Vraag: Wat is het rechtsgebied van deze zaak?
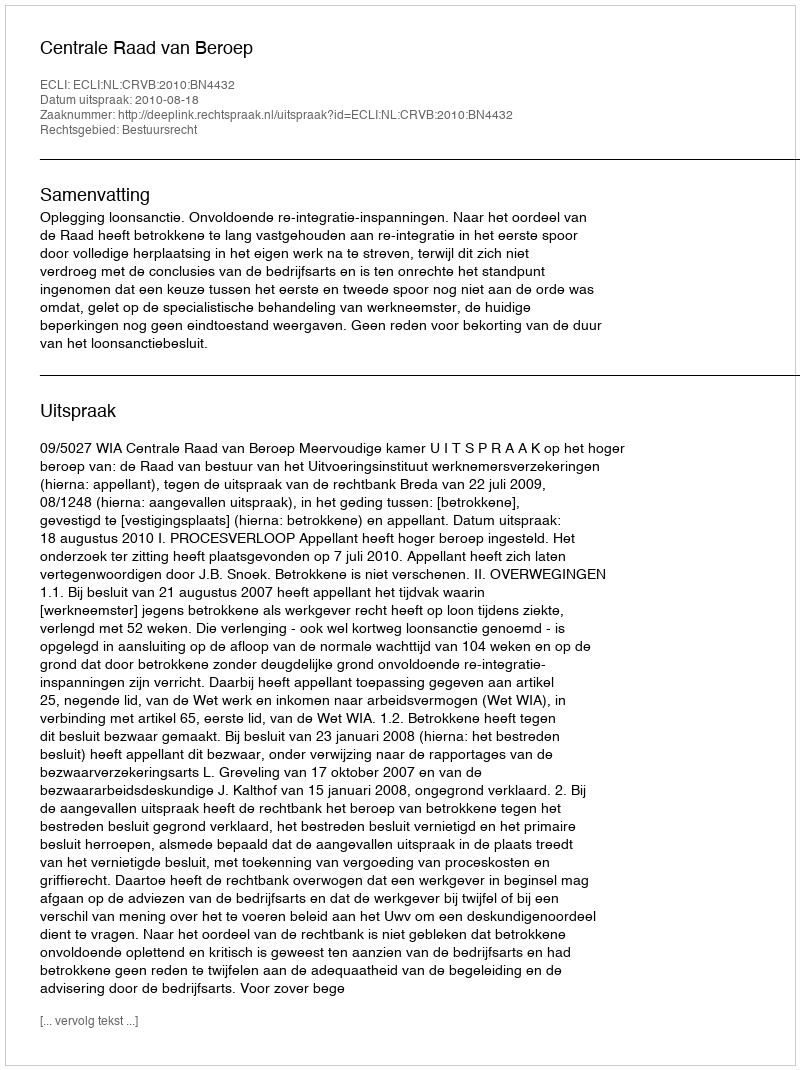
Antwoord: Bestuursrecht